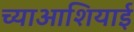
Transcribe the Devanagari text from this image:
च्याआशियाई